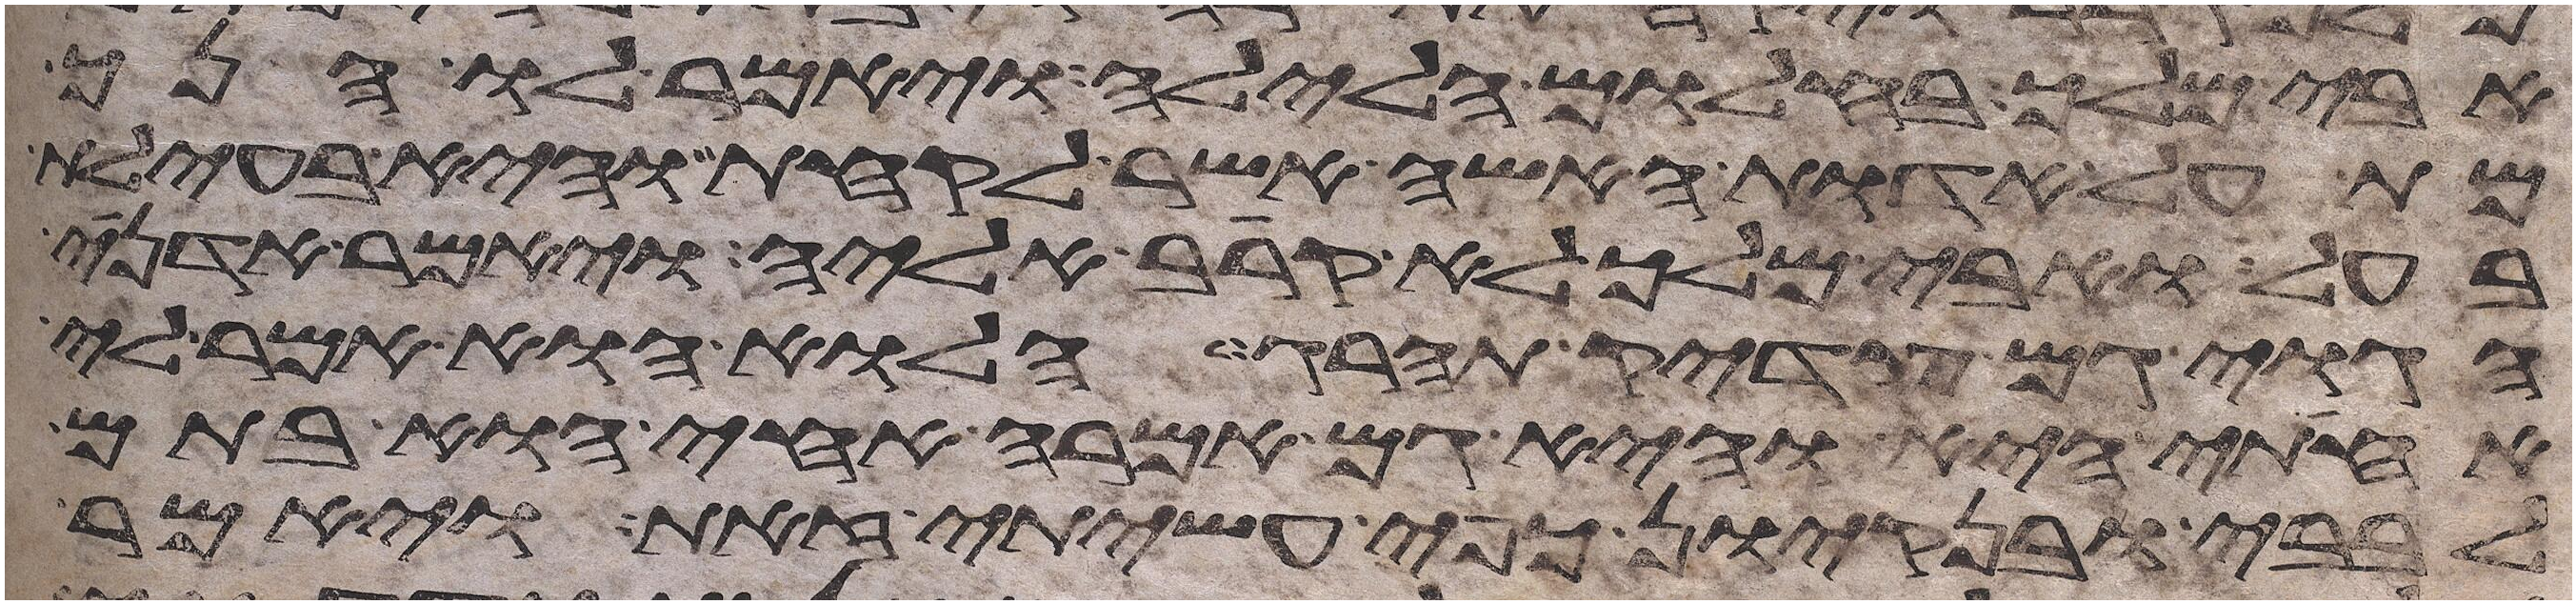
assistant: אבימלך בחלום הלילה ויאמר לו הנך
מת על אדות האשה אשר לקחת והיא בעילת
בעל ואבימלך לא קרב אליה ויאמר אדני
הגוי גם צדיק תהרג הלוא הוא אמר לי
אחותי היא והיא גם אמרה אחי הוא בתם
לבבי ובנקיון כפי עשיתי זאת ויאמר